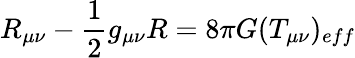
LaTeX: R_{\mu\nu}-\frac{1}{2}g_{\mu\nu}R=8\pi G(T_{\mu\nu})_{eff}